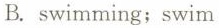
B. swimming;swim